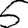
Digit: 5